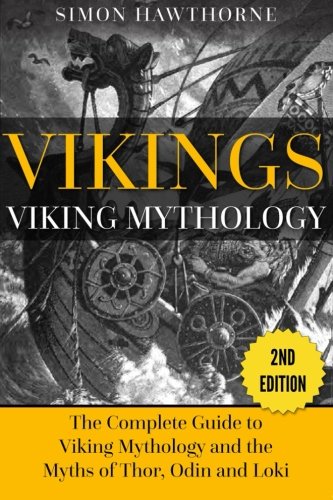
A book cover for Vikings: Viking Mythology - Thor, Odin, Loki and More Norse Myths Complete Guide; Simon Hawthorne; History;